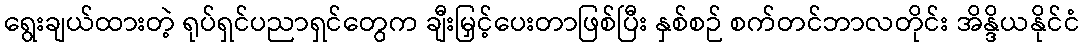
ရွေးချယ်ထားတဲ့ ရုပ်ရှင်ပညာရှင်တွေက ချီးမြှင့်ပေးတာဖြစ်ပြီး နှစ်စဉ် စက်တင်ဘာလတိုင်း အိန္ဒိယနိုင်ငံ